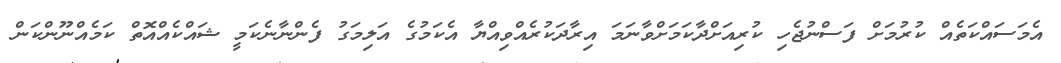
އެމަސައްކަތެއް ކުރުމަށް ފަސްނުޖެހި ކުރިއަށްދާކަމަށްވާނަމަ އިރާދަކުރެއްވިއްޔާ އެކަމުގެ އަލިމަގު ފެންނާނެކަމީ ޝައްކެއްއޮތް ކަމެއްނޫންކަން